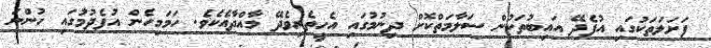
ފަށަލަތަކުގައި އުފެދޭ އައިބުތަކުން ސަލާމަތްކޮށް ދިނުމުގައި އެހީތެރިވެދޭ މާއްދާއެކެވެ. ހަމަމިހެން އުފެދުމުގައި ހުންނަ